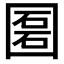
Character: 𡈔